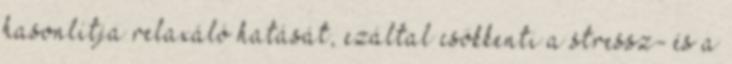
hasonlítja relaxáló hatását, ezáltal csökkenti a stressz- és a